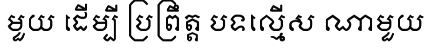
មួយ ដើម្បី ប្រព្រឹត្ត បទល្មើស ណាមួយ